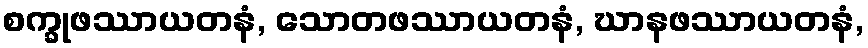
စက္ခုဖဿာယတနံ, သောတဖဿာယတနံ, ဃာနဖဿာယတနံ,